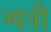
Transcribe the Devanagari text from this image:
न्यत्री